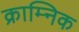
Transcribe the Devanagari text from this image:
क्राम्निक